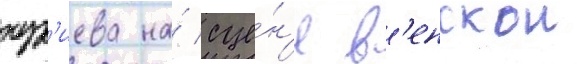
нур'иева на́ сце́н'е в'енскои